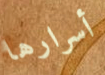
أسرارها